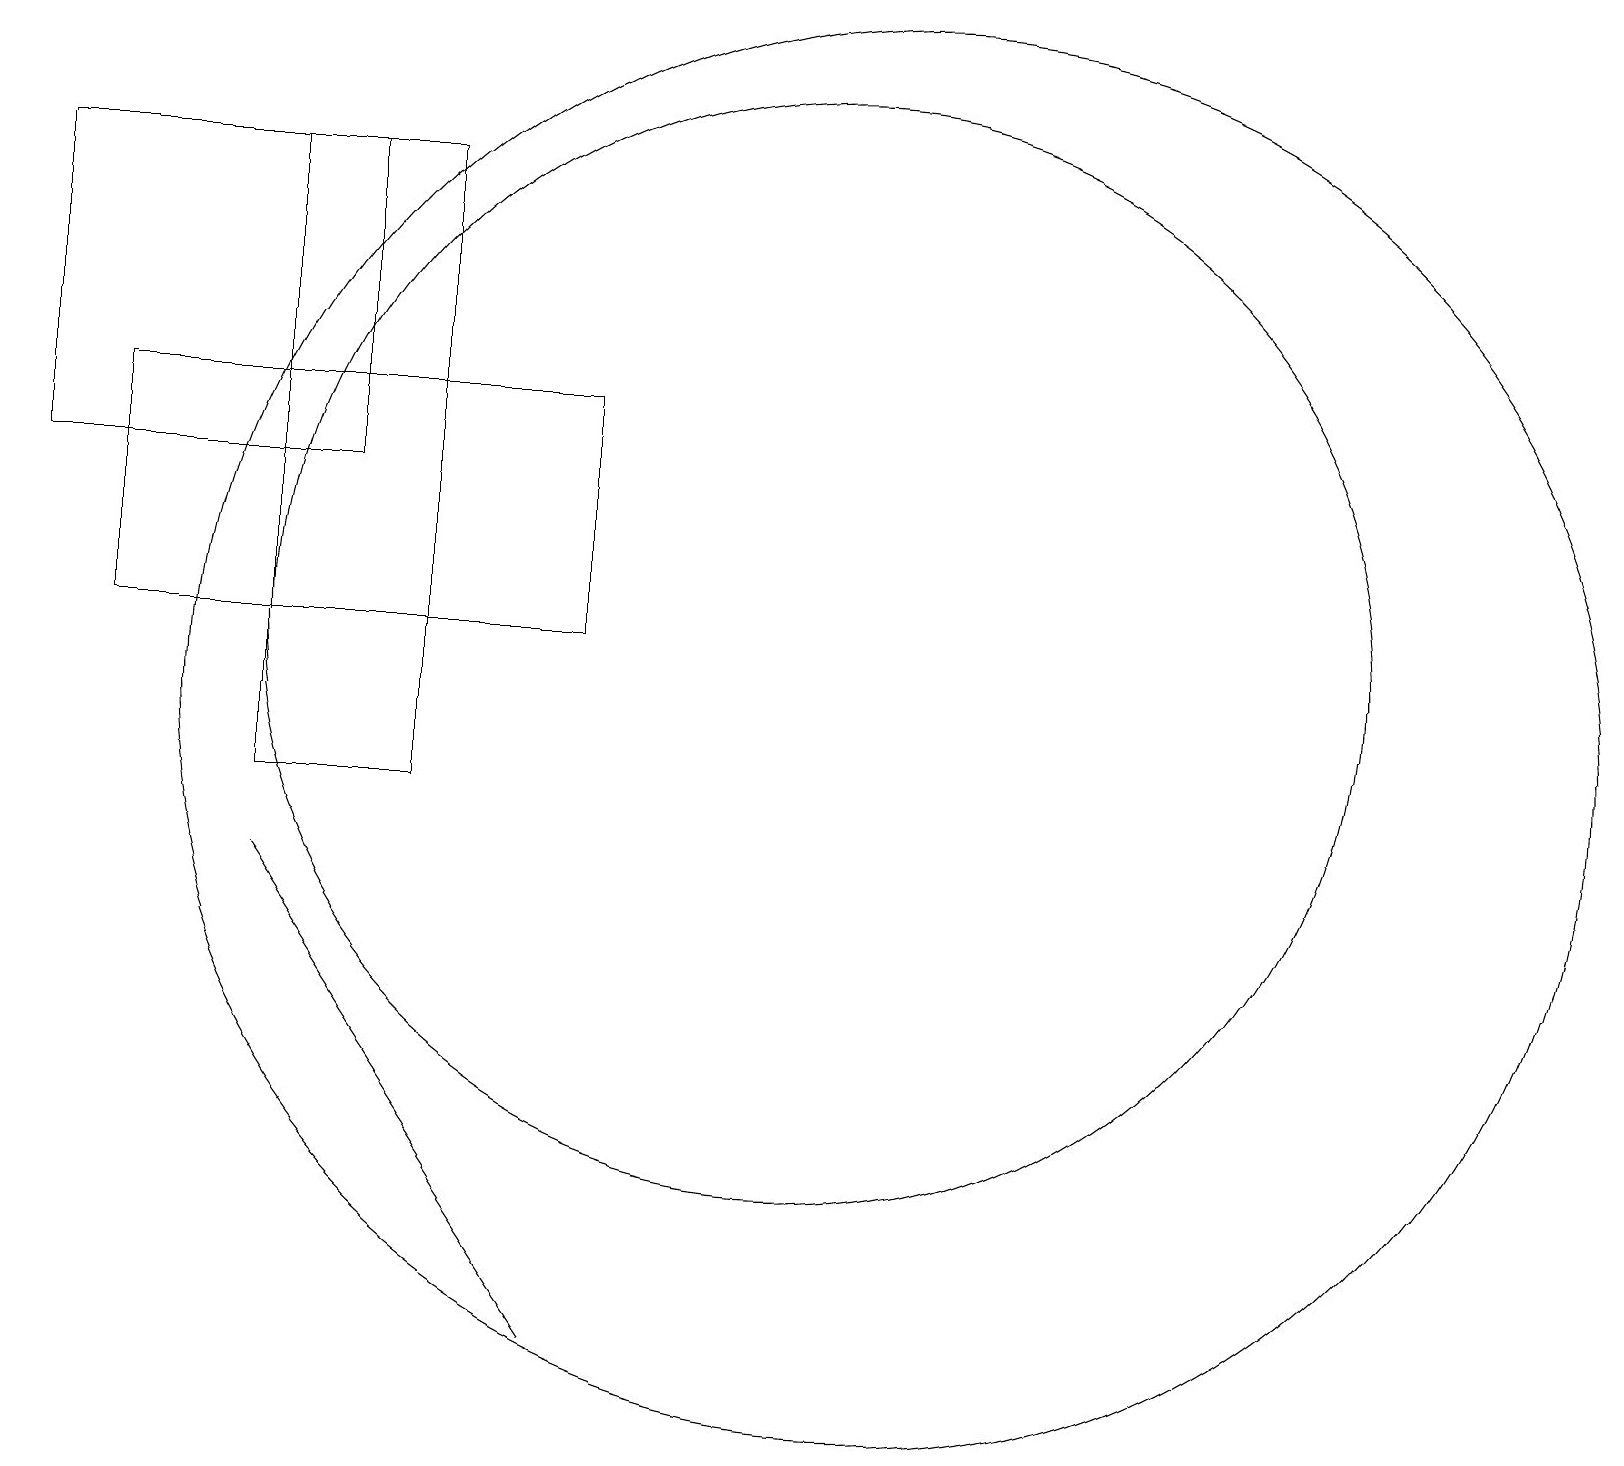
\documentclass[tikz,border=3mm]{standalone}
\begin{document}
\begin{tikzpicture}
\draw (4,9) -- (4,9) -- (8,3) -- cycle;
\draw (8,15) rectangle (2,12);
\draw (12,11) circle (9);
\draw (5,18) rectangle (1,14);
\draw (11,12) circle (7);
\draw (6,10) rectangle (4,18);
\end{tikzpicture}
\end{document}